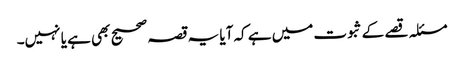
مسئلہ قصے کے ثبوت میں ہے کہ آیا یہ قصہ صحیح بھی ہے یا نہیں۔